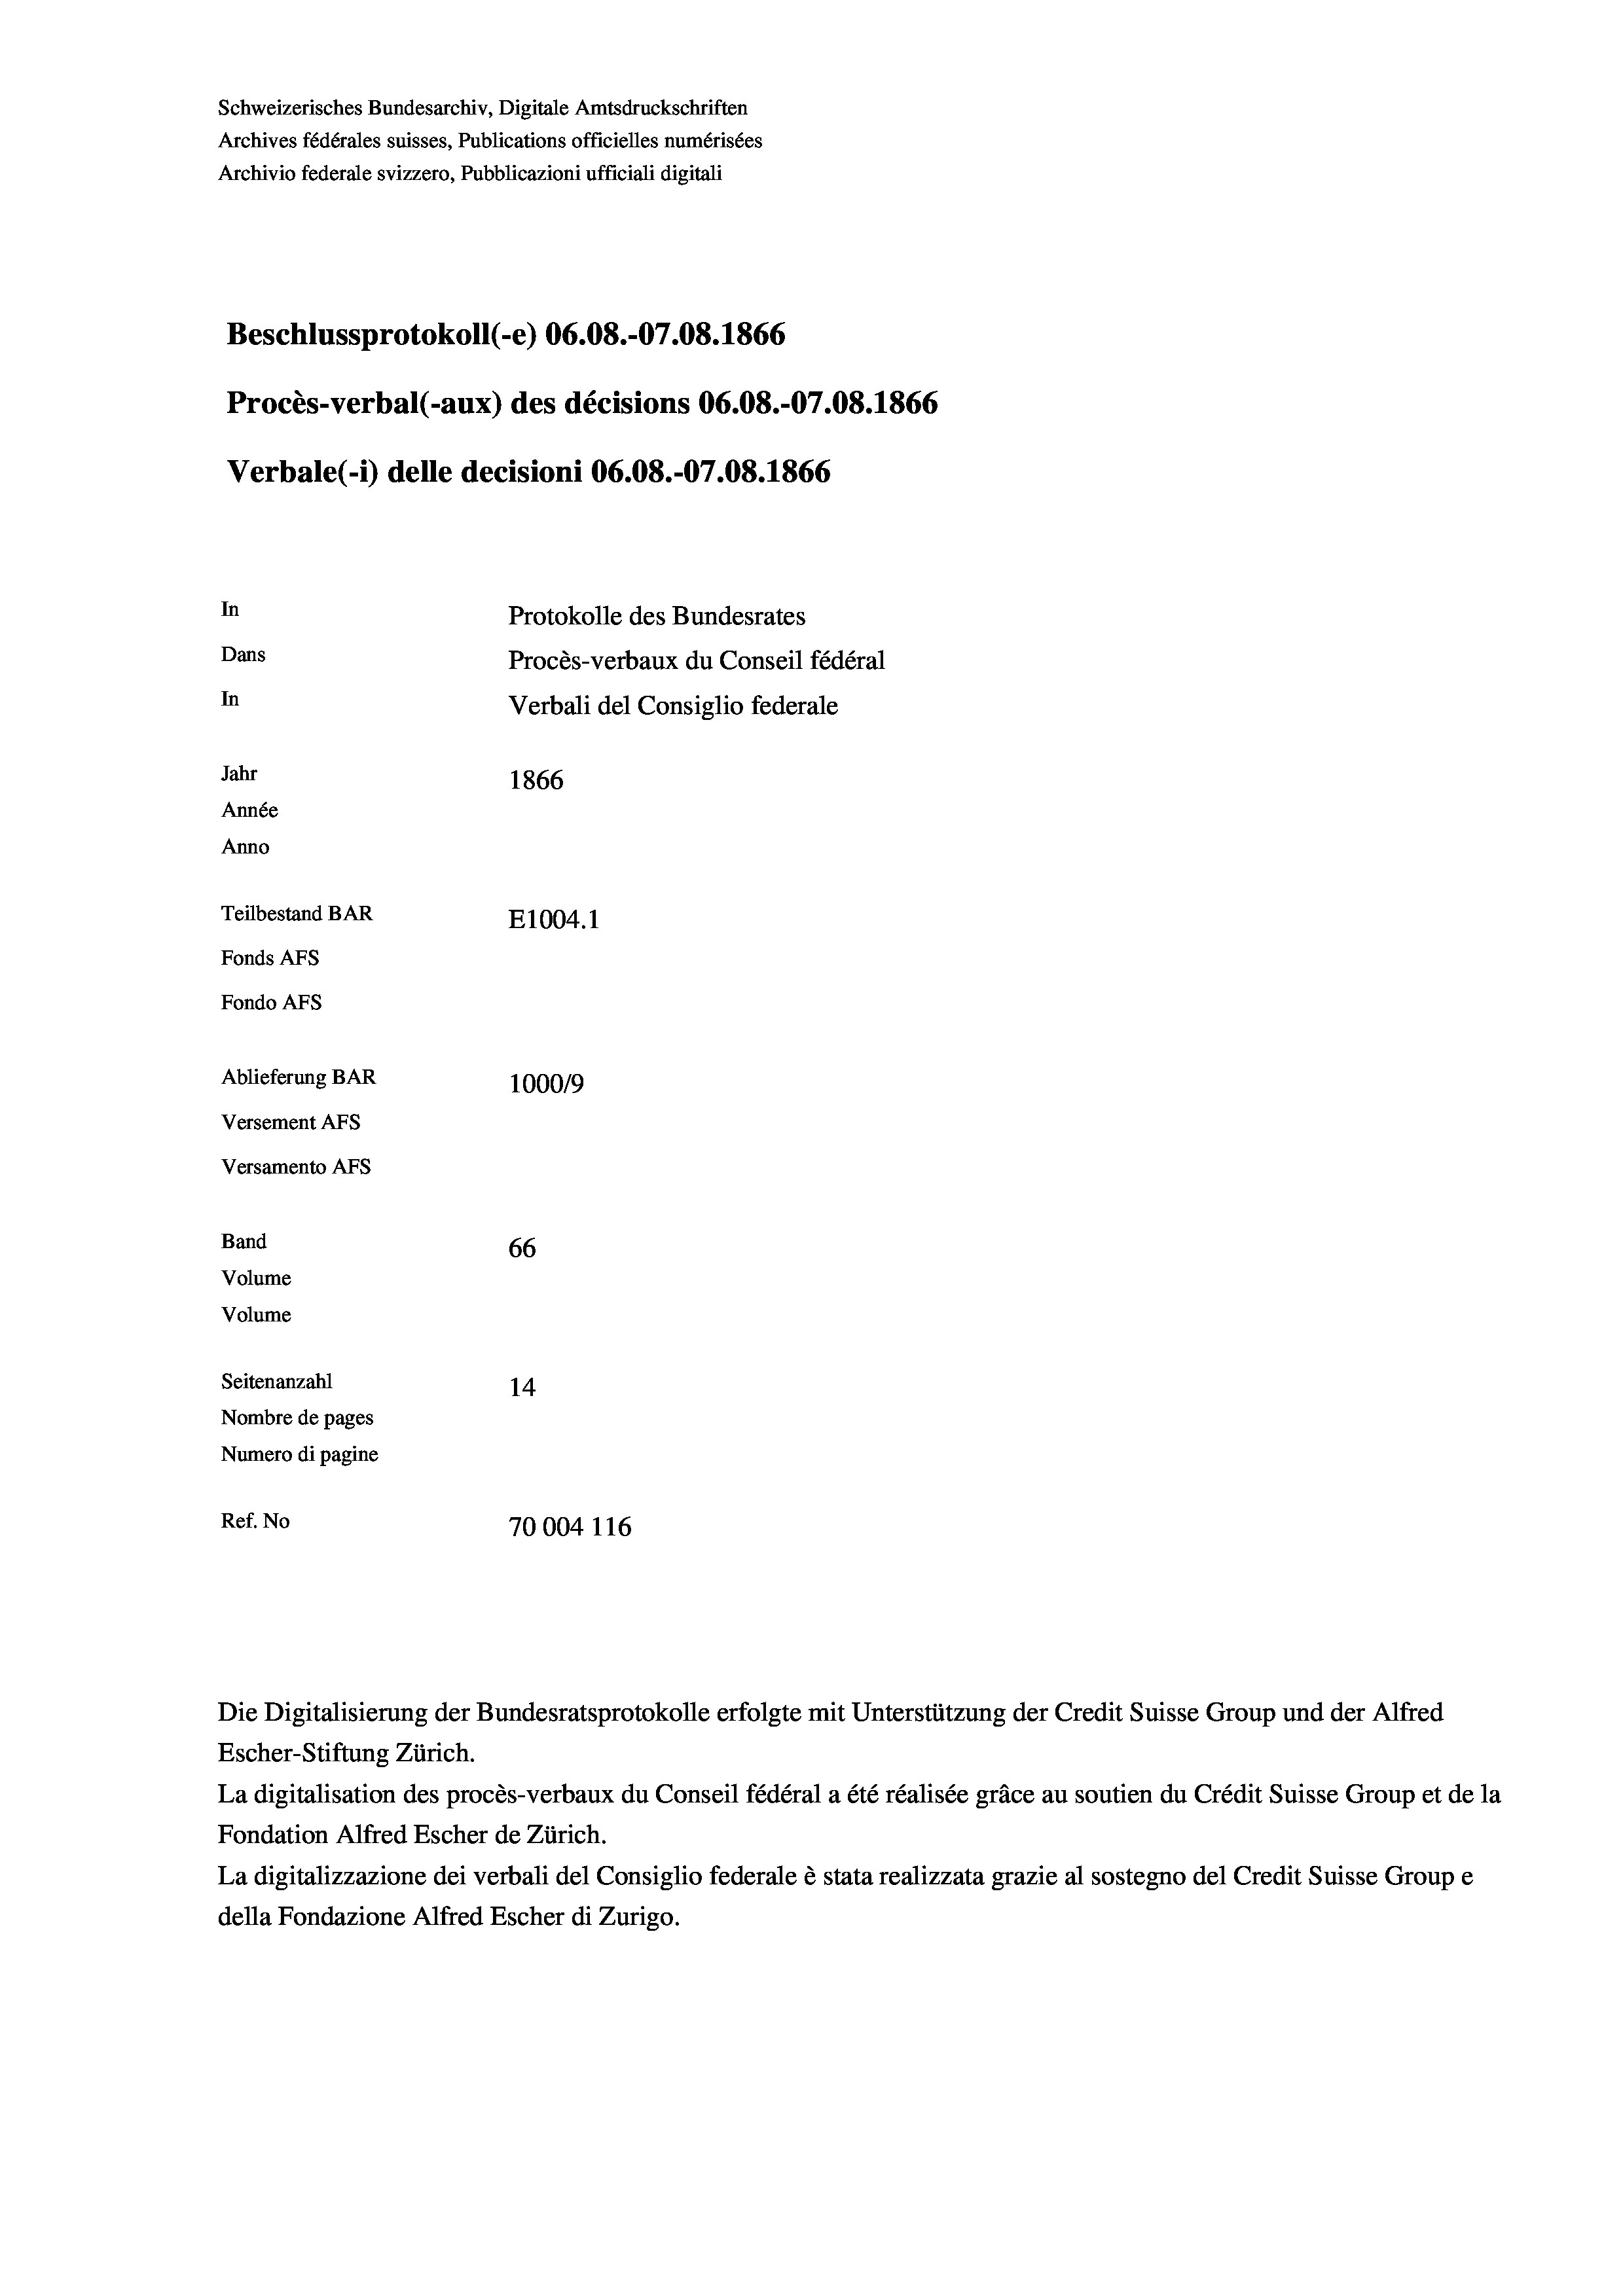
Schweizerisches Bundesarchiv, Digitale Amtsdruckschriften
Archives fédérales suisses, Publications officielles numérisées
Archivio federale svizzero, Pubblicazioni ufficiali digitali
Beschlussprotokoll (-e) 06.08.-07.08. 1866
Procès-verbal (-aux) des décisions 06.08.-07.08. 1866
Verbale (i) delle decisioni 06.08.-07.08. 1866
In
Protokolle des Bundesrates
Dans
Procès-verbaux du Conseil fédéral
In
Verbali del Consiglio federale
Jahr
1866
Année
Anno
Teilbestand BAR
E1004. 1
Fonds AFs
Fondo Afs
Ablieferung BAR
100019
Versement AFs
Versamento Afs
Band
66
Volume
Volume
Seitenanzahl
14
Nombre de pages
Numero di pagine
Ref. No
70004 116

Escher-Stiftung Zürich.
La digitalisation des procès-verbaux du Conseil fédéral a été réalisée gräce au soutien du Crédit Suisse Group et de la
Fondation Alfred Escher de Zürich.
La digitalizzazione dei verbali del Consiglio federale è stata realizzata grazie al sostegno del Credit Suisse Groupe
della Fondazione Alfred Escher di Zurigo.

Die Digitalisierung der Bundesratsprotokolle erfolgte mit Unterstützung der Credit Suisse Group und der Alfred